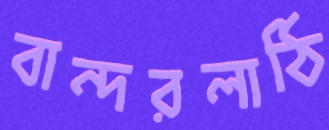
বান্দরলাঠি